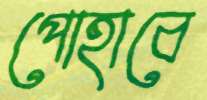
পোহাবে